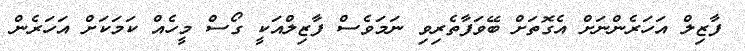
ފާޒިލް އަހަރެންނަށް އެގޮތަށް ބޭވަފާތެރިވި ނަމަވެސް ފާޒިލްއަކީ ގޯސް މީހެއް ކަމަކަށް އަހަރެން